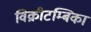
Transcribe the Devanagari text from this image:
विक्रीटम्बिका